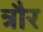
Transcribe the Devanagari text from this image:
त्रौर